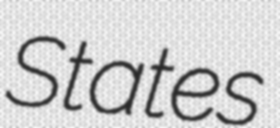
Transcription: States